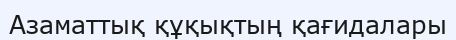
Азаматтық құқықтың қағидалары